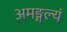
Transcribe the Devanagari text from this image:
अमङ्गल्यं